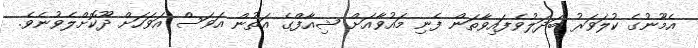
އެމޫނުގެ ކުލަވަރު ބަދަލުވެފައިވާތަން ފެނި މައުވާއަށް ޝިއާފްގެ އަތުން އަވަސް އަވަހަށް ދޫކޮށްލެވުނެވެ.